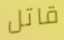
قاتل